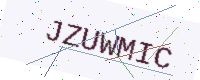
Text: JZUWMIC